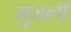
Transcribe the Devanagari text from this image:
मुराली